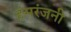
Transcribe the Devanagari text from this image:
हंसरंजनी